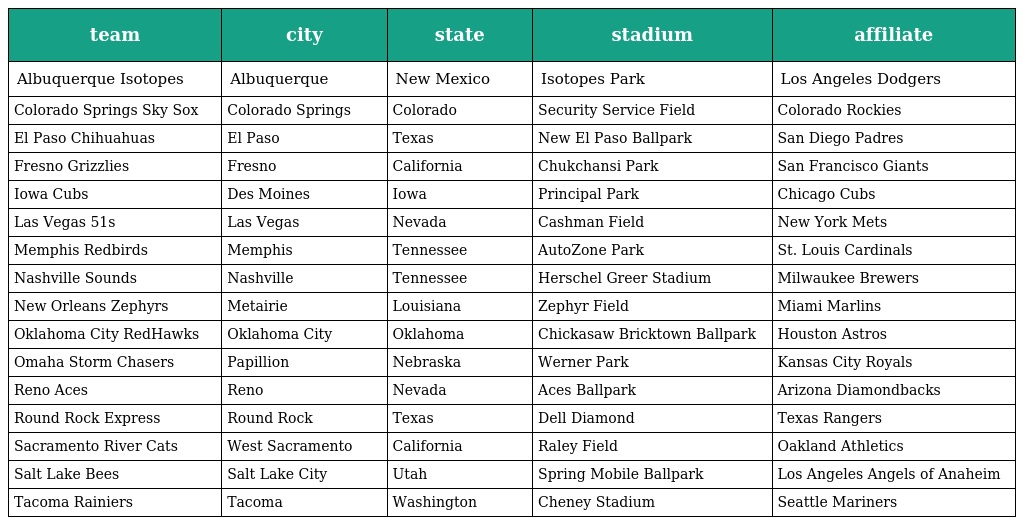
| team | city | state | stadium | affiliate |
 | --- | --- | --- | --- | --- |
 | Albuquerque Isotopes | Albuquerque | New Mexico | Isotopes Park | Los Angeles Dodgers |
 | Colorado Springs Sky Sox | Colorado Springs | Colorado | Security Service Field | Colorado Rockies |
 | El Paso Chihuahuas | El Paso | Texas | New El Paso Ballpark | San Diego Padres |
 | Fresno Grizzlies | Fresno | California | Chukchansi Park | San Francisco Giants |
 | Iowa Cubs | Des Moines | Iowa | Principal Park | Chicago Cubs |
 | Las Vegas 51s | Las Vegas | Nevada | Cashman Field | New York Mets |
 | Memphis Redbirds | Memphis | Tennessee | AutoZone Park | St. Louis Cardinals |
 | Nashville Sounds | Nashville | Tennessee | Herschel Greer Stadium | Milwaukee Brewers |
 | New Orleans Zephyrs | Metairie | Louisiana | Zephyr Field | Miami Marlins |
 | Oklahoma City RedHawks | Oklahoma City | Oklahoma | Chickasaw Bricktown Ballpark | Houston Astros |
 | Omaha Storm Chasers | Papillion | Nebraska | Werner Park | Kansas City Royals |
 | Reno Aces | Reno | Nevada | Aces Ballpark | Arizona Diamondbacks |
 | Round Rock Express | Round Rock | Texas | Dell Diamond | Texas Rangers |
 | Sacramento River Cats | West Sacramento | California | Raley Field | Oakland Athletics |
 | Salt Lake Bees | Salt Lake City | Utah | Spring Mobile Ballpark | Los Angeles Angels of Anaheim |
 | Tacoma Rainiers | Tacoma | Washington | Cheney Stadium | Seattle Mariners |